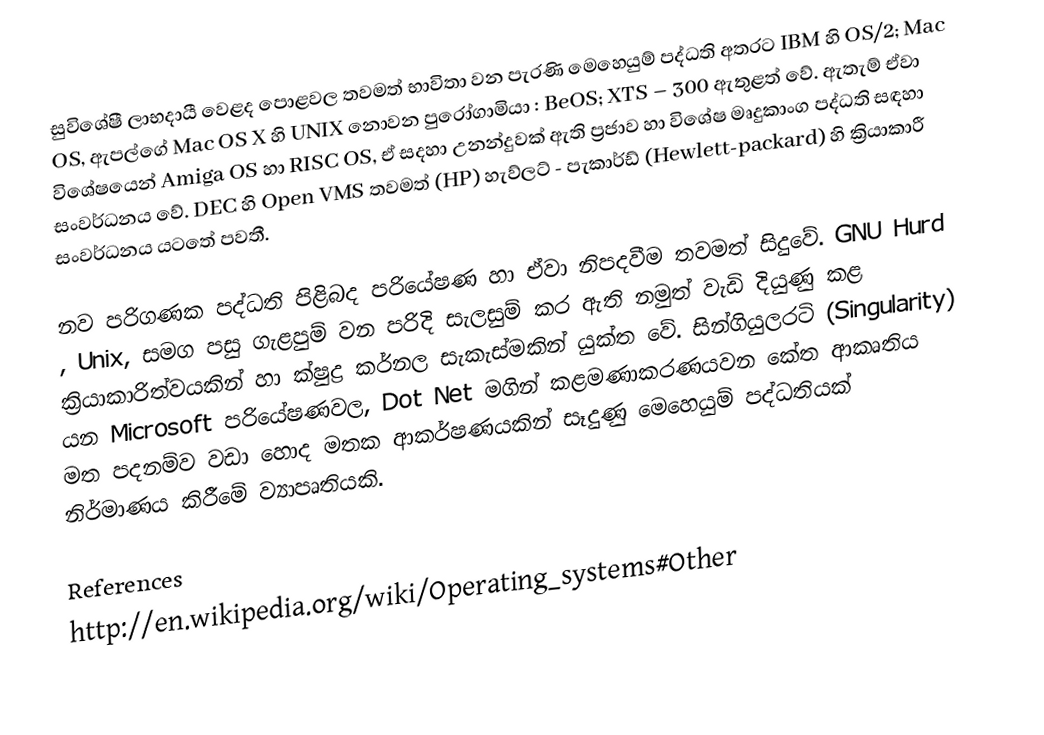
සුවිශේෂී ලාභදායී වෙළද පොළවල තවමත් භාවිතා වන පැරණි මෙහෙයුම් පද්ධති අතරට IBM හි OS/2; Mac OS, ඇපල්ගේ Mac OS X හි UNIX නොවන පුරෝගාමියා : BeOS; XTS – 300 ඇතුළත් වේ. ඇතැම් ඒවා විශේෂයෙන් Amiga OS  හා‍ RISC OS, ඒ සදහා උනන්දුවක් ඇති ප්‍රජාව හා  විශේෂ මෘදුකාංග පද්ධති සඳහා සංවර්ධනය වේ. DEC හි Open VMS තවමත් (HP) හැව්ලට් - පැකාර්ඩ් (Hewlett-packard) හි ක්‍රියාකාරී සංවර්ධනය යටතේ පවතී.

නව පරිගණක පද්ධති පිළිබද පරියේෂණ හා ඒවා නිපදවීම තවමත් සිදුවේ. GNU Hurd , Unix,  සමග පසු ගැළපුම් වන පරිදි සැලසුම් කර ඇති නමුත් වැඩි දියුණු කළ ක්‍රියාකාරිත්වයකින් හා ක්ෂුද්‍ර කර්නල සැකැස්මකින් යුක්ත වේ. සින්ගියුලරටි (Singularity) යන Microsoft පරියේෂණවල, Dot Net මගින් කළමණාකරණයවන කේත ආකෘතිය මත පදනම්ව වඩා හොද මතක ආකර්ෂණයකින් සෑදුණු මෙහෙයුම් පද්ධතියක් නිර්මාණය කිරීමේ ව්‍යාපෘතියකි.

References
http://en.wikipedia.org/wiki/Operating_systems#Other